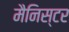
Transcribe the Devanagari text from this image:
मैनिस्टर